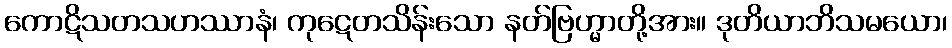
ကောဋိသတသဟဿာနံ၊ ကုဋေတသိန်းသော နတ်ဗြဟ္မာတို့အား။ ဒုတိယာဘိသမယော၊